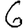
Digit: 6